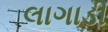
લાગાડી